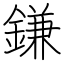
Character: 鎌